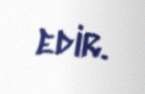
edir.